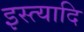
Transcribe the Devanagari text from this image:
इस्त्यादि